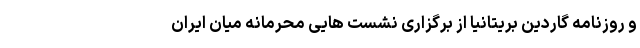
و روزنامه گاردین بریتانیا از برگزاری نشست هایی محرمانه میان ایران